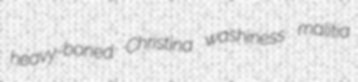
heavy-boned Christina washiness malitia